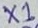
Text: X1